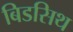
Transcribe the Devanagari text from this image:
बिडसिथ